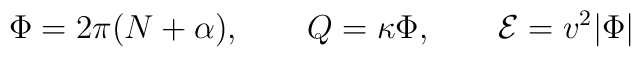
\Phi=2\pi (N+\alpha), \qquad Q=\kappa \Phi, \qquad {\cal E}=v^2|\Phi|